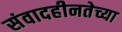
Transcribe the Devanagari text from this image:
संवादहीनतेच्या